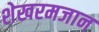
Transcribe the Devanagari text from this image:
शेखरमजान